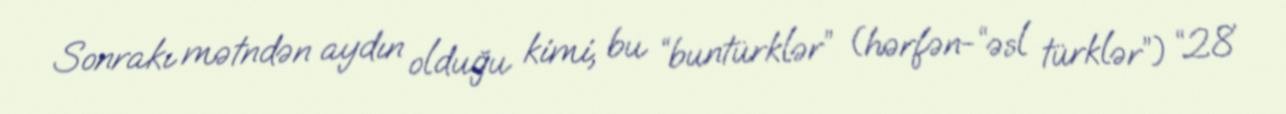
Sonrakı mətndən aydın olduğu kimi, bu “buntürklər” (hərfən-“əsl türklər”) “28